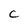
Character: c